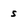
Character: s